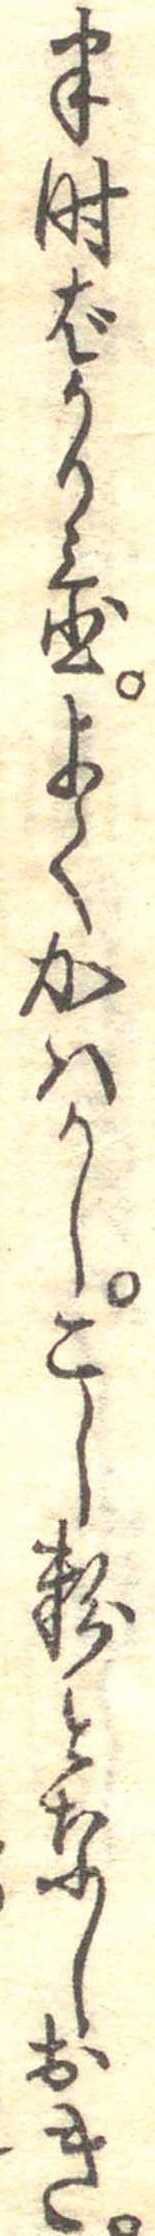
半時ばかり置よくかはかしこし粉となしおき